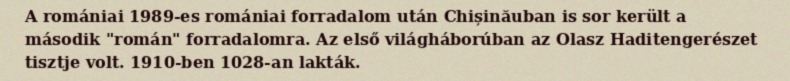
A romániai 1989-es romániai forradalom után Chișinăuban is sor került a második "román" forradalomra. Az első világháborúban az Olasz Haditengerészet tisztje volt. 1910-ben 1028-an lakták.